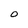
Character: O